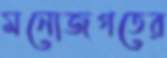
মনোজগতের